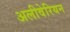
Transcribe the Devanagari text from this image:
अलीवेरियन